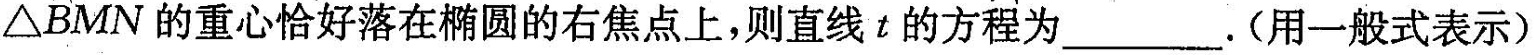
△BMN的重心恰好落在椭圆的右焦点上，则直线t的方程为___。(用一般式表示)